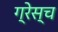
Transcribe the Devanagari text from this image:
ग्रेस्च